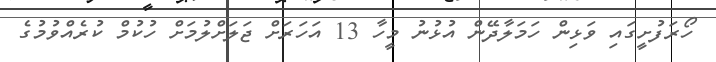
ހޯރަފުށީގައި ވަޅިން ހަމަލާދޭން އުޅުނު މީހާ 13 އަހަރަށް ޖަލަށްލުމަށް ހުކުމް ކުރެއްވުމުގެ